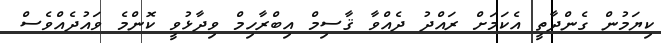
ކިޔަމުން ގެންދާތީ އެކަމަށް ރައްދު ދެއްވާ ޤާސިމް އިބްރާހިމް ވިދާޅުވީ ކޮންމެ ވައުދެއްވެސް